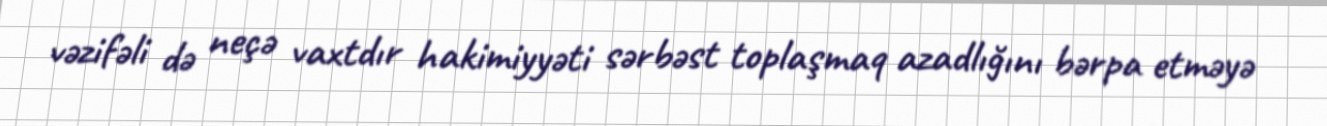
vəzifəli də neçə vaxtdır hakimiyyəti sərbəst toplaşmaq azadlığını bərpa etməyə